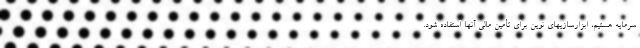
سرمایه هستیم، ابزارسازیهای نوین برای تأمین مالی آنها استفاده شود.